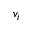
v _ { i }